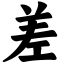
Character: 差